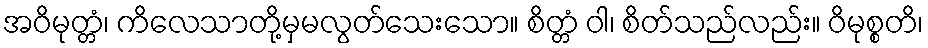
အဝိမုတ္တံ၊ ကိလေသာတို့မှမလွတ်သေးသော။ စိတ္တံ ဝါ၊ စိတ်သည်လည်း။ ဝိမုစ္စတိ၊